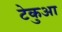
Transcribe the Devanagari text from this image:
टेकुआ